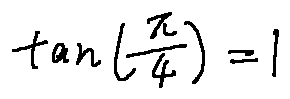
\tan ( \frac { \pi } { 4 } ) = 1